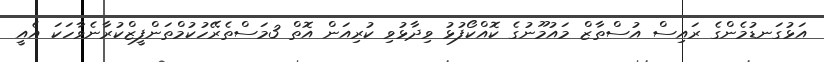
އަޅުގަނޑުމެންގެ ރައިސް އުސްތާޒް މައުމޫނުގެ ކޮއްކޯފުޅު ވިދާޅުވި ކުރިއަން އޮތް 3މަސްތެރޭހުކުމްތަންފީޒްކުރާނެވާހަކަ އެއީ